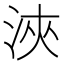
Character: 浹